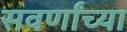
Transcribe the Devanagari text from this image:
सवर्णांच्या